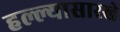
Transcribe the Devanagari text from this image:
हल्ल्यासारखे